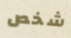
شخص